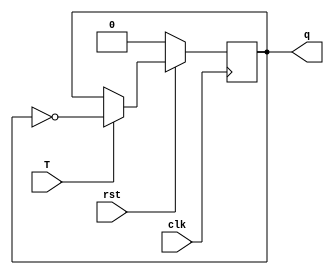
module tff(T,clk,rst,q);
input T,clk,rst;
output q;
reg q;

always @(posedge clk)
	begin
		if(!rst)
			begin
				q<=1'b0;
			end
		else if(T)
			begin
				q<=!q;
			end
	end
endmodule